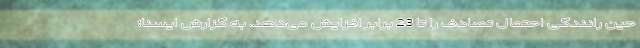
حین رانندگی احتمال تصادف را تا 23 برابر افزایش می‌دهد. به گزارش ایسنا؛